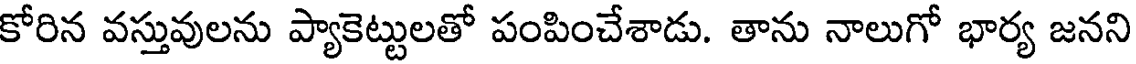
కోరిన వస్తువులను ప్యాకెట్టులతో పంపించేశాడు. తాను నాలుగో భార్య జనని